Lunatic asylums Central Provinces reports 1874-1885 - 1874-1885
Year: 1874
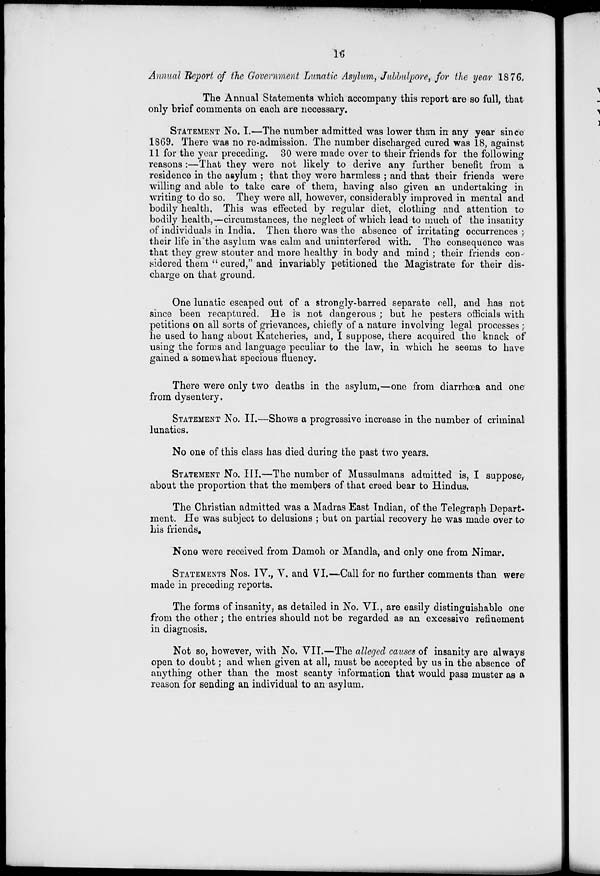
16
Annual Report of the Government Lunatic Asylum, Jubbulpore, for the year 1876.
The Annual Statements which accompany this report are so full, that
only brief comments on each are necessary.
STATEMENT No. I.—The number admitted was lower than in any year since
1869. There was no re-admission. The number discharged cured was 18, against
11 for the year preceding. 30 were made over to their friends for the following
reasons :—That they were not likely to derive any further benefit from a
residence in the asylum ; that they were harmless ; and that their friends were
willing and able to take care of them, having also given an undertaking in
writing to do so. They were all, however, considerably improved in mental and
bodily health. This was effected by regular diet, clothing and attention to
bodily health,—circumstances, the neglect of which lead to much of the insanity
of individuals in India. Then there was the absence of irritating occurrences ;
their life in the asylum was calm and uninterfered with. The consequence was
that they grew stouter and more healthy in body and mind ; their friends con-
sidered them " cured," and invariably petitioned the Magistrate for their dis-
charge on that ground.
One lunatic escaped out of a strongly-barred separate cell, and has not
since been recaptured. He is not dangerous ; but he pesters officials with
petitions on all sorts of grievances, chiefly of a nature involving legal processes;
he used to hang about Katcheries, and, I suppose, there acquired the knack of
using the forms and language peculiar to the law, in which he seems to have
gained a somewhat specious fluency.
There were only two deaths in the asylum,—one from diarrhœa and one
from dysentery.
STATEMENT No. II.—Shows a progressive increase in the number of criminal
lunatics.
No one of this class has died during the past two years.
STATEMENT No. III.—The number of Mussulmans admitted is, I suppose,
about the proportion that the members of that creed bear to Hindus.
The Christian admitted was a Madras East Indian, of the Telegraph Depart-
ment. He was subject to delusions ; but on partial recovery he was made over to
his friends.
None were received from Damoh or Mandla, and only one from Nimar.
STATEMENT No. IV., V. and VI.—Call for no further comments than were
made in preceding reports.
The forms of insanity, as detailed in No. VI., are easily distinguishable one
from the other ; the entries should not be regarded as an excessive refinement
in diagnosis.
Not so, however, with No. VII.—The alleged causes of insanity are always
open to doubt ; and when given at all, must be accepted by us in the absence of
anything other than the most scanty information that would pass muster as a
reason for sending an individual to an asylum.